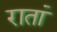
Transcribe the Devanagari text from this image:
रातां